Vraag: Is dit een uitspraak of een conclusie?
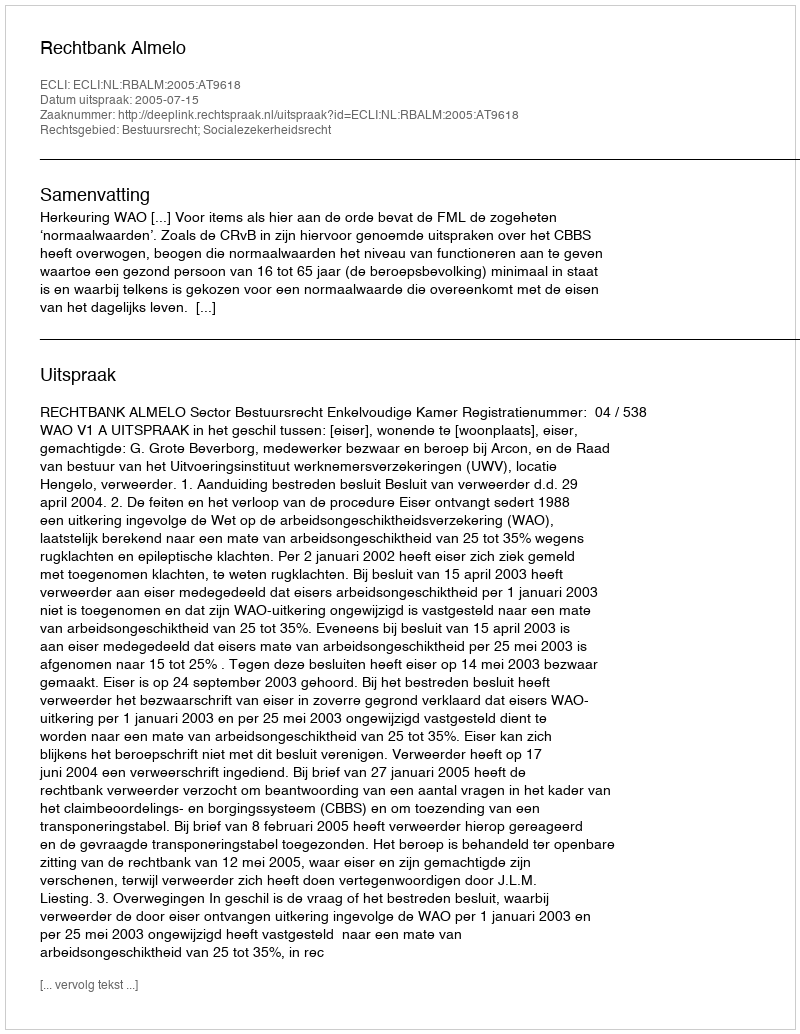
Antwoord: Uitspraak